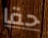
حقا